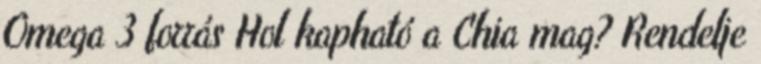
Omega 3 forrás Hol kapható a Chia mag? Rendelje